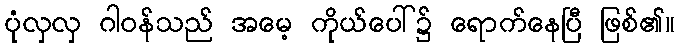
ပုံလှလှ ဂါဝန်သည် အမေ့ ကိုယ်ပေါ်၌ ရောက်နေပြီ ဖြစ်၏။